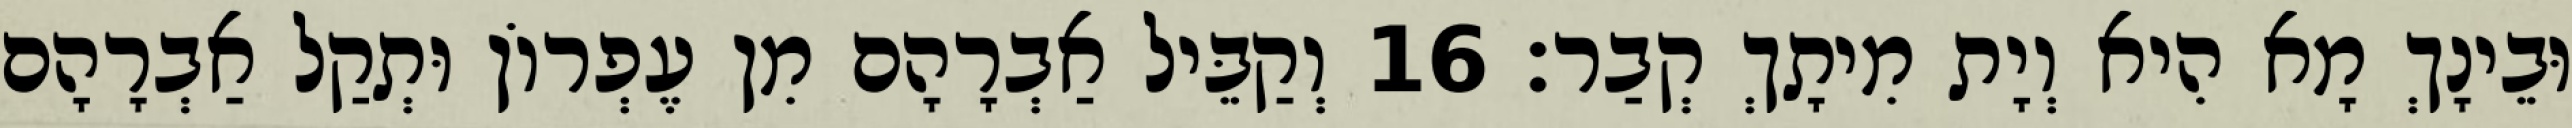
וּבֵינָךְ מָא הִיא וְיָת מִיתָךְ קְבַר׃ 16 וְקַבֵּיל אַבְרָהָם מִן עֶפְרוֹן וּתְקַל אַבְרָהָם